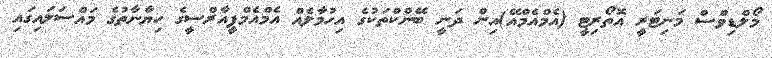
މޯލްޑިވްސް މަނިޓަރީ އޮތޯރިޓީ (އެމްއެމްއޭ)އިން ދަނީ ބޭންކްތަކުގެ އިހުމާލެއް އެމްއެމްޕީއާރްސީގެ ހިޔާނާތުގެ މައްސަލައިގައި